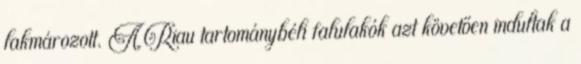
lakmározott. A Riau tartománybéli falulakók azt követően indultak a